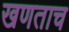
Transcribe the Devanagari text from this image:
खणताच